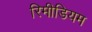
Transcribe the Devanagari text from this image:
रिमीडियम